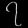
Digit: ၇